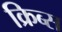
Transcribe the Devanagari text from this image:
क्रिब्स